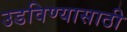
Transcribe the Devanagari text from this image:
उडविण्यासाठी